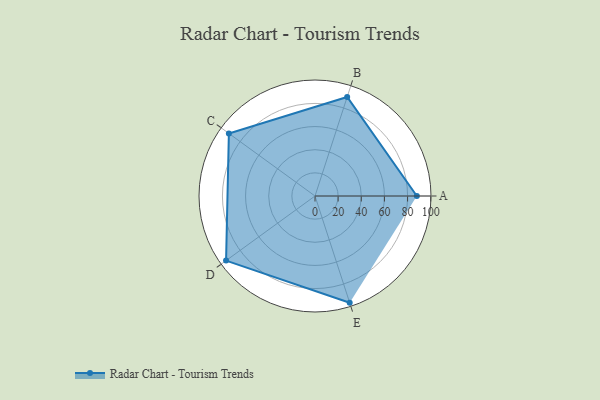
{"axis": {"x": "Skill", "y": "Score"}, "legend": ["Profile"], "data": [{"x": "A", "y": 88.0, "type": "Profile"}, {"x": "B", "y": 90.0, "type": "Profile"}, {"x": "C", "y": 92.0, "type": "Profile"}, {"x": "D", "y": 95.0, "type": "Profile"}, {"x": "E", "y": 97.0, "type": "Profile"}]}